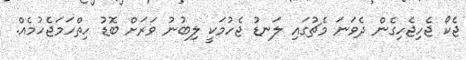
ޖެކޯ ޖެހިޖެހިގެން ދެވަނަ މެޗުގައި ލަނޑު ޖެހުމަކީ ލިބުނު ވަރަށް ބޮޑު ހިތްހަމަޖެހުމެއް.